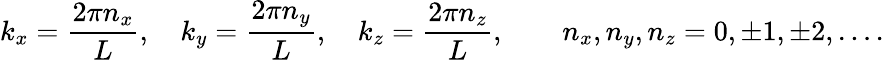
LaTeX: k_{x}={\frac{2\pi n_{x}}{L}},\quad k_{y}={\frac{2\pi n_{y}}{L}},\quad k_{z}={\frac{2\pi n_{z}}{L}},\qquad n_{x},n_{y},n_{z}=0,\pm 1,\pm 2,\ldots.